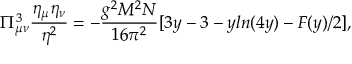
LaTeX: \Pi _ { \mu \nu } ^ { 3 } \frac { \eta _ { \mu } \eta _ { \nu } } { \eta ^ { 2 } } = - \frac { g ^ { 2 } M ^ { 2 } N } { 1 6 \pi ^ { 2 } } [ 3 y - 3 - y l n ( 4 y ) - F ( y ) / 2 ] ,